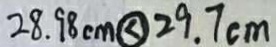
2 8 . 9 8 c m \textcircled { < } 2 9 . 7 c m